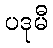
ပဒုမီ